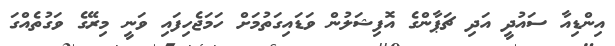
އިންޑިއާ ސައުދީ އަދި ޗަޕާންގެ އޮފިޝަލުން ވަޑައިގަތުމަށް ހަމަޖެހިފައި ވަނީ މިރޭގެ ވަގުތެއްގަ